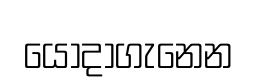
යොදාගැනෙන